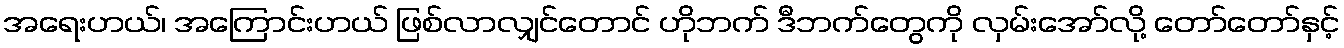
အရေးဟယ်၊ အကြောင်းဟယ် ဖြစ်လာလျှင်တောင် ဟိုဘက် ဒီဘက်တွေကို လှမ်းအော်လို့ တော်တော်နှင့်